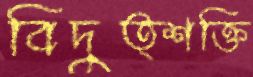
বিদুত্শক্তি